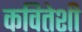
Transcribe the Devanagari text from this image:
कवितेशी